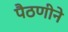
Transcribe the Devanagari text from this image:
पैठणीने